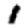
Digit: 1